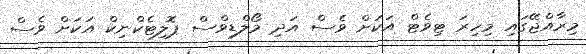
މިރާއްޖޭގަައި މިހިރަ ޓިވެޓް އަކަށް ވެސް އަދި މޯލްޑިވްސް ޕޮލިޓެކްނިކް އަކަށް ވެސް